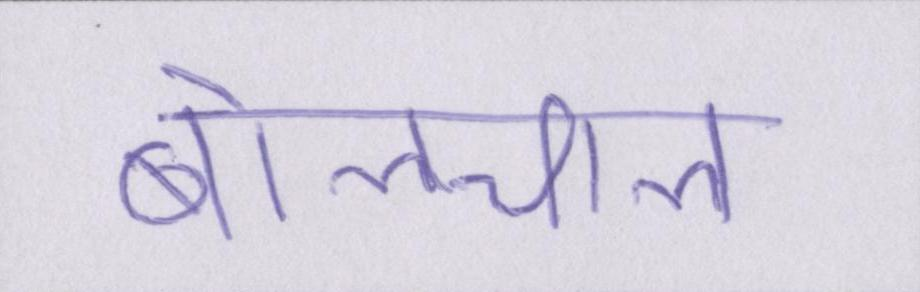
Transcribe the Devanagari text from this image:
बोलचाल